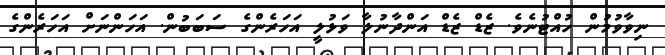
ނިވާވުމުން ހުއްޓުނެވެ. ޒެޑް ޒެޑް އަންދާނުލާ ވަޅުލީ އަހަރެންގެ ސަބަބުން. އަހަންނަށް އަހަރެންގެ